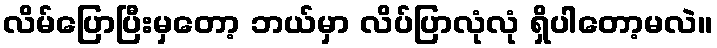
လိမ်ပြောပြီးမှတော့ ဘယ်မှာ လိပ်ပြာလုံလုံ ရှိပါတော့မလဲ။